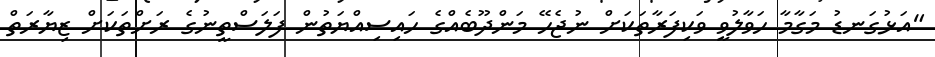
"އަޅުގަނޑު މަގާމާ ހަވާލުވީ ވަކިފަރާތަކަށް ނުޖެހޭ މަންދޫބެއްގެ ހައިސިއްޔަތުން ފަލަސްތީނުގެ ރަށްތަކަށް ޒިޔާރަތް